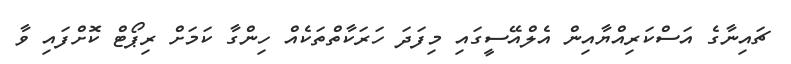
ޗައިނާގެ އަސްކަރިއްޔާއިން އެލްއޭސީގައި މިފަދަ ހަރަކާތްތަކެއް ހިންގާ ކަމަށް ރިޕޯޓް ކޮށްފައި ވާ